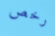
رخص